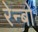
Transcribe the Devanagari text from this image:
रेन्‍बो